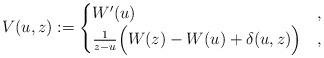
LaTeX: \begin{align*}V(u,z):=\begin{cases} W'(u) &, \\ \frac{1}{z-u}\Big(W(z)-W(u)+\delta(u,z)\Big)&, \end{cases}\end{align*}